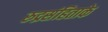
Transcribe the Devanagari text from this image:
रुद्रसंहिताके